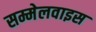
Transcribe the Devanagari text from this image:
सम्मेलवाइस